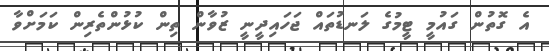
އެ ގޮތުން ގައުމީ ޓީމުގެ ލަނޑުތައް ޖަހައިދީނީ ޒުވާން ތިން ކުޅުންތެރިން ކަމަށްވާ